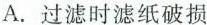
A.过滤时滤纸破损